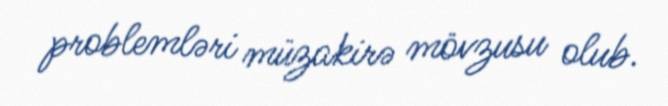
problemləri müzakirə mövzusu olub.